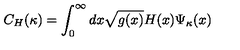
C _ { H } ( \kappa ) = \int _ { 0 } ^ { \infty } d x \sqrt { g ( x ) } H ( x ) \Psi _ { \kappa } ( x )